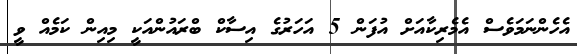
އެހެންނަމަވެސް އެމެރިކާއަށް އުފަން 5 އަހަރުގެ އިސާކް ބްރައުންއަކީ މިއިން ކަމެއް ވީ